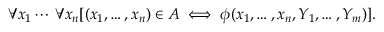
\forall x _ { 1 } \cdots \, \forall x _ { n } [ ( x _ { 1 } , \ldots , x _ { n } ) \in A \iff \phi ( x _ { 1 } , \ldots , x _ { n } , Y _ { 1 } , \ldots , Y _ { m } ) ] .